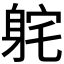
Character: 𫏫